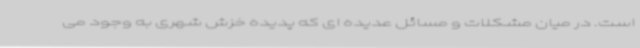
است. در میان مشکلات و مسائل عدیده ای که پدیده خزش شهری به وجود می